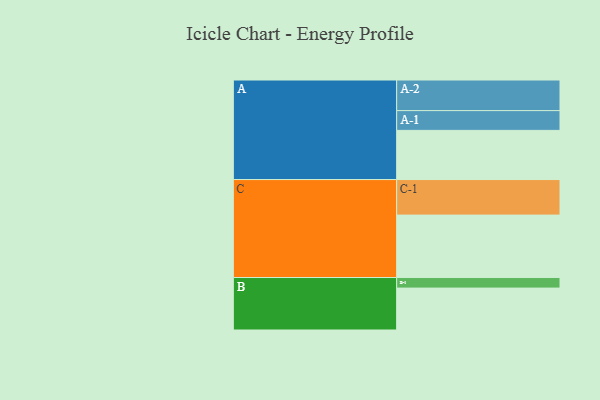
{"axis": {"x": "Segment", "y": "Value"}, "legend": ["", "A", "B", "C"], "data": [{"x": "A", "y": 400, "type": ""}, {"x": "B", "y": 341, "type": ""}, {"x": "C", "y": 508, "type": ""}, {"x": "A-1", "y": 161, "type": "A"}, {"x": "A-2", "y": 249, "type": "A"}, {"x": "B-1", "y": 86, "type": "B"}, {"x": "C-1", "y": 289, "type": "C"}]}